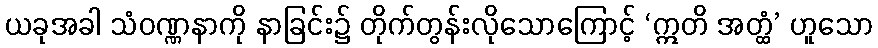
ယခုအခါ သံဝဏ္ဏနာကို နာခြင်း၌ တိုက်တွန်းလိုသောကြောင့် ‘ဣတိ အတ္ထံ’ ဟူသော